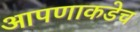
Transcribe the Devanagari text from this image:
आपणाकडेच